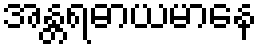
အန္တရဓာယမာနေ